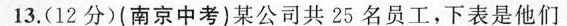
13.(12分)(南京中考)某公司共25名员工，下表是他们